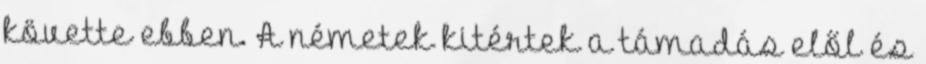
követte ebben. A németek kitértek a támadás elől és